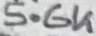
Text: 5.6K